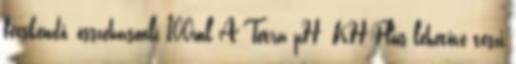
fecskendő, összehasonlí 100ml A Tetra pH KH Plus lehetővé teszi